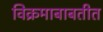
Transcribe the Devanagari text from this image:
विक्रमाबाबतीत